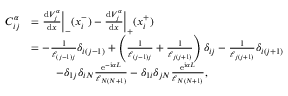
\begin{array} { r l } { C _ { i j } ^ { \alpha } } & { = \frac { \mathrm { d } V _ { j } ^ { \alpha } } { \mathrm { d } x } \bigg \vert _ { - } ( x _ { i } ^ { - } ) - \frac { \mathrm { d } V _ { j } ^ { \alpha } } { \mathrm { d } x } \bigg \vert _ { + } ( x _ { i } ^ { + } ) } \\ & { = - \frac { 1 } { \ell _ { ( j - 1 ) j } } \delta _ { i ( j - 1 ) } + \left( \frac { 1 } { \ell _ { ( j - 1 ) j } } + \frac { 1 } { \ell _ { j ( j + 1 ) } } \right) \delta _ { i j } - \frac { 1 } { \ell _ { j ( j + 1 ) } } \delta _ { i ( j + 1 ) } } \\ & { \, \quad \quad - \delta _ { 1 j } \delta _ { i N } \frac { \mathrm { e } ^ { - \mathrm { i } \alpha L } } { \ell _ { N ( N + 1 ) } } - \delta _ { 1 i } \delta _ { j N } \frac { \mathrm { e } ^ { \mathrm { i } \alpha L } } { \ell _ { N ( N + 1 ) } } , } \end{array}